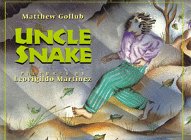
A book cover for Uncle Snake; Matthew Gollub; Children's Books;